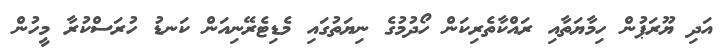
އަދި ޔޫރަޕުން ހިމާޔަތާއި ރައްކާތެރިކަން ހޯދުމުގެ ނިޔަތުގައި މެޑިޓެރޭނިއަން ކަނޑު ހުރަސްކުރާ މީހުން